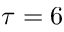
\tau = 6